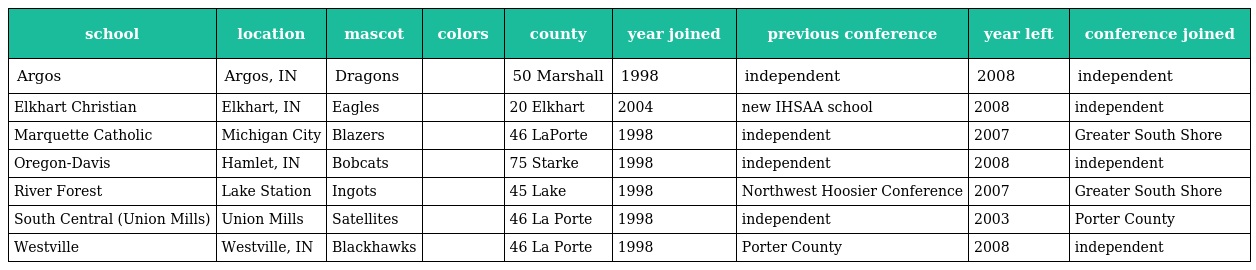
| school | location | mascot | colors | county | year joined | previous conference | year left | conference joined |
 | --- | --- | --- | --- | --- | --- | --- | --- | --- |
 | Argos | Argos, IN | Dragons |  | 50 Marshall | 1998 | independent | 2008 | independent |
 | Elkhart Christian | Elkhart, IN | Eagles |  | 20 Elkhart | 2004 | new IHSAA school | 2008 | independent |
 | Marquette Catholic | Michigan City | Blazers |  | 46 LaPorte | 1998 | independent | 2007 | Greater South Shore |
 | Oregon-Davis | Hamlet, IN | Bobcats |  | 75 Starke | 1998 | independent | 2008 | independent |
 | River Forest | Lake Station | Ingots |  | 45 Lake | 1998 | Northwest Hoosier Conference | 2007 | Greater South Shore |
 | South Central (Union Mills) | Union Mills | Satellites |  | 46 La Porte | 1998 | independent | 2003 | Porter County |
 | Westville | Westville, IN | Blackhawks |  | 46 La Porte | 1998 | Porter County | 2008 | independent |